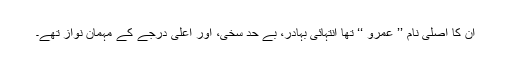
ان کا اصلی نام ’’ عمرو ‘‘ تھا انتہائی بہادر، بے حد سخی، اور اعلیٰ درجے کے مہمان نواز تھے۔